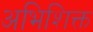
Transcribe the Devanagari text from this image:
अभिशिक्त